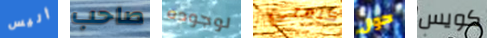
أليس صاحب لوجوده كلمتي حول كويس